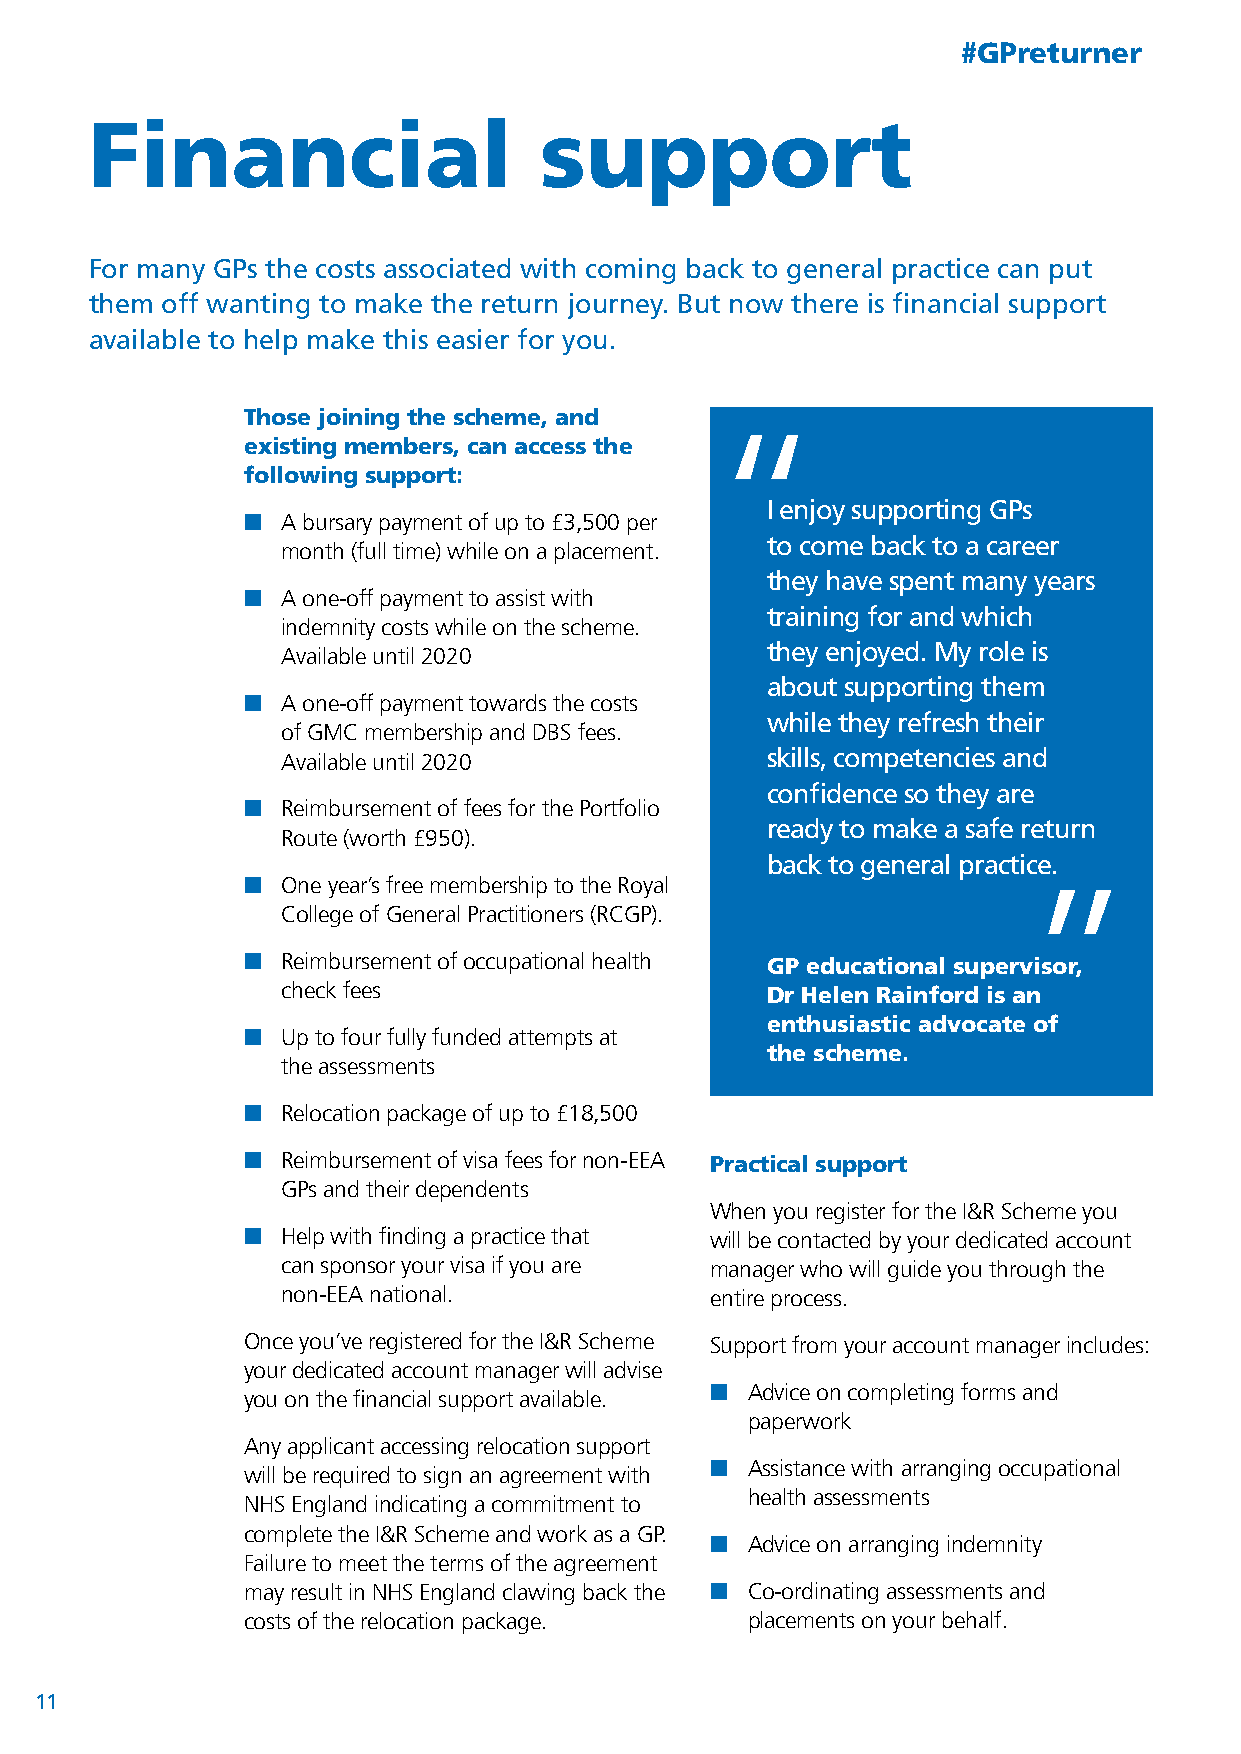
#GPreturner
 Financial                     support
 For many GPs the costs associated with coming back to general practice can put
 them off wanting to make the return journey. But now there is financial support
 available to help make this easier for you.
 Those joining the scheme, and
 “
 existing members, can access the
 following support:
 I enjoy supporting GPs
 ■  A bursary payment of up to £3,500 per
 to come back to a career
 month (full time) while on a placement.
 they have spent many years
 ■  A one-off payment to assist with
 training for and which
 indemnity costs while on the scheme.
 they enjoyed. My role is
 Available until 2020
 about supporting them
 ■  A one-off payment towards the costs
 while they refresh their
 of GMC membership and DBS fees.
 Available until 2020            skills, competencies an“d
 confidence so they are
 ■  Reimbursement of fees for the Portfolio
 ready to make a safe return
 Route (worth £950).
 back to general practice.
 ■  One year’s free membership to the Royal
 College of General Practitioners (RCGP).
 ■  Reimbursement of occupational health GP educational supervisor,
 check fees                      Dr Helen Rainford is an
 enthusiastic advocate of
 ■  Up to four fully funded attempts at
 the scheme.
 the assessments
 ■  Relocation package of up to £18,500
 ■  Reimbursement of visa fees for non-EEA Practical support
 GPs and their dependents
 When you register for the I&R Scheme you
 ■  Help with finding a practice that will be contacted by your dedicated account
 can sponsor your visa if you are manager who will guide you through the
 non-EEA national.           entire process.
 Once you’ve registered for the I&R Scheme Support from your account manager includes:
 your dedicated account manager will advise
 ■ Advice on completing forms and
 you on the financial support available.
 paperwork
 Any applicant accessing relocation support
 ■ Assistance with arranging occupational
 will be required to sign an agreement with
 health assessments
 NHS England indicating a commitment to
 complete the I&R Scheme and work as a GP.
 ■ Advice on arranging indemnity
 Failure to meet the terms of the agreement
 may result in NHS England clawing back the ■ Co-ordinating assessments and
 costs of the relocation package. placements on your behalf.
 11